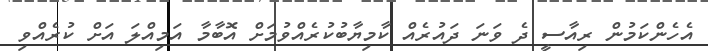
އެހެންކަމުން ރިއާސީ ދެ ވަނަ ދައުރެއް ކާމިޔާބުކުރެއްވުމަށް އޮބާމާ އަމިއްލަ އަށް ކުރެއްވި